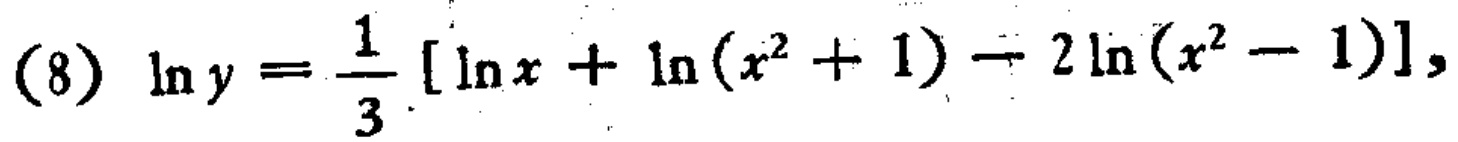
(8) \(\ln y=\frac{1}{3}[\ln x+\ln(x^{2}+1)-2\ln(x^{2}-1)]\)